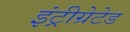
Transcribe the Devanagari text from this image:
इंट्रीग्रेटेड